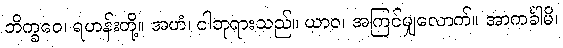
ဘိက္ခဝေ၊ ရဟန်းတို့။ အဟံ၊ ငါဘုရားသည်။ ယာဝ၊ အကြင်မျှလောက်။ အာကင်္ခါမိ၊